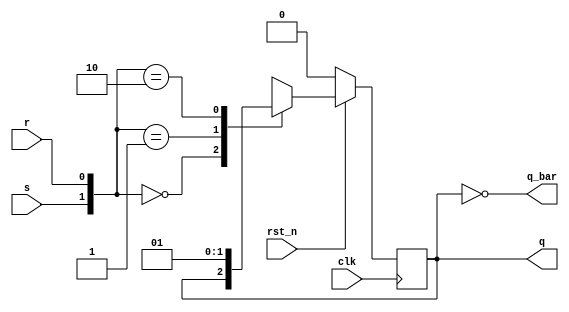
//SR flipflop
module SR_flipflop (
  input clk,
  input rst_n,
  input s,
  input r,
  output reg q,
  output q_bar
);

  always @(posedge clk) begin
    if (!rst_n) begin
      q <= 0; // Asynchronous reset (active low)
    end else begin
      case ({s, r})
        2'b00: q <= q; // No change
        2'b01: q <= 1'b0; // Reset
        2'b10: q <= 1'b1; // Set
        2'b11: q <= 1'bx; // Invalid inputs
      endcase
    end
  end

  assign q_bar = ~q; // Inverted output

endmodule

//JK flipflop
module JK_flipflop (
  input clk,
  input rst_n,
  input j,
  input k,
  output reg q,
  output q_bar
);

  always @(posedge clk) begin
    if (!rst_n) begin
      q <= 0; // Asynchronous reset (active low)
    end else begin
      case ({j, k})
        2'b00: q <= q;  // No change
        2'b01: q <= 1'b0; // Reset
        2'b10: q <= 1'b1; // Set
        2'b11: q <= ~q; // Toggle
      endcase
    end
  end

  assign q_bar = ~q; // Inverted output

endmodule


//D flip-flop
module dff(clk, reset, rstn, d, q);
  input clk, reset, rstn, d;
  output reg q;

  always @(posedge clk or negedge rstn) // Asynchronous reset
    begin
      if (!rstn)
        q <= 0;
      else
        begin
          if (reset) // Synchronous reset
            q <= 0;
          else
            q <= d;
        end
    end
endmodule

//T flip-flop
module T_flipflop (
  input clk,
  input rst_n,
  input t,
  output reg q,
  output q_bar
);

  always @(posedge clk) begin
    if (!rst_n) begin
      q <= 0; // Asynchronous reset (active low)
    end else begin
      q <= t ? ~q : q; // Toggle if t is 1, else hold current value
    end
  end

  assign q_bar = ~q; // Inverted output

endmodule